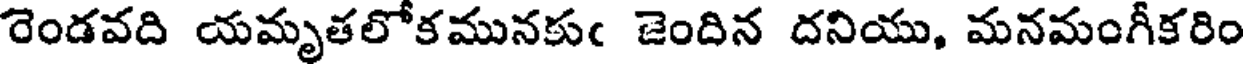
రెండవది యమృతలోకమునకుఁ జెందిన దనియు, మనమంగీకరిం